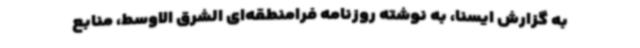
به گزارش ایسنا، به نوشته روزنامه فرامنطقه‌ای الشرق الاوسط، منابع